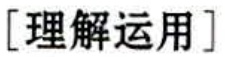
[理解运用]